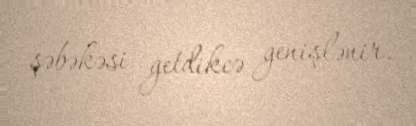
şəbəkəsi getdikcə genişlənir.